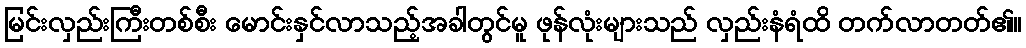
မြင်းလှည်းကြီးတစ်စီး မောင်းနှင်လာသည့်အခါတွင်မူ ဖုန်လုံးများသည် လှည်းနံရံထိ တက်လာတတ်၏။